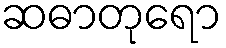
ဆဓာတုရော